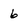
Character: 6